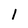
Character: 1